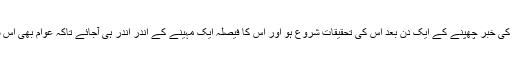
ہم یہ چاہتے ہیں کہ کرپشن کی خبر چھپنے کے ایک دن بعد اس کی تحقیقات شروع ہو اور اس کا فیصلہ ایک مہینے کے اندر اندر ہی آجائے تاکہ عوام بھی اس سے اذیت میں مبتلا نہ ہوں۔